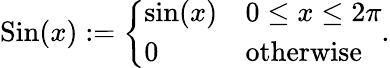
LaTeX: \begin{array}{r}{\mathrm{Sin}(x):=\left\{ \begin{array}{ll}{\sin(x)}&{0\le x\le 2\pi}\\ {0}&{\textrm{otherwise}}\end{array}\right..}\end{array}